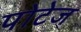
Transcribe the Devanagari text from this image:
पोटेज